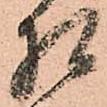
相